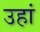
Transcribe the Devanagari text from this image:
उहां